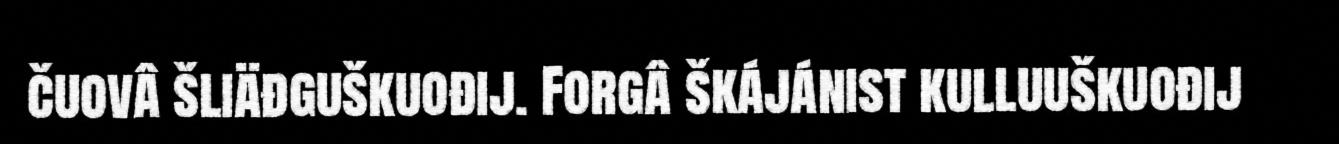
čuovâ šliäđguškuođij. Forgâ škájánist kulluuškuođij